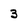
Character: 3